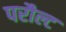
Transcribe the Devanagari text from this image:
परौल्ट